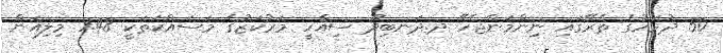
50 ދުވަހުގެ ތެރޭގައި ނިންމަންޖެހޭ ދ.ދަނބިދޫ ސިއްހީ މަރުކަޒުގެ މަސައްކަތަކީ 1.48 މިލިއަން